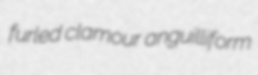
furled clamour anguilliform